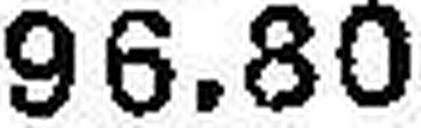
96.80